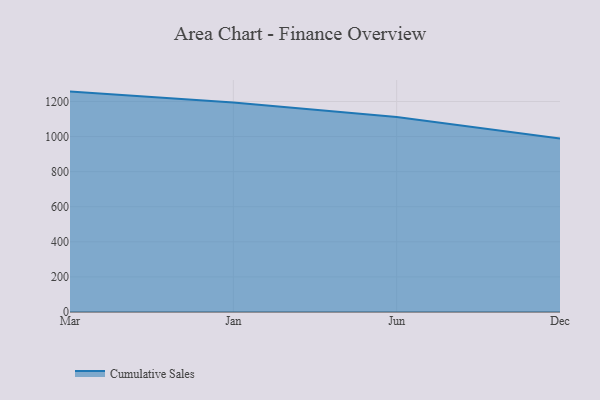
{"axis": {"x": "Month", "y": "Operating Costs (USD K)"}, "legend": ["Cumulative Sales"], "data": [{"x": "Mar", "y": 1256.4, "type": "Cumulative Sales"}, {"x": "Jan", "y": 1194.6, "type": "Cumulative Sales"}, {"x": "Jun", "y": 1111.6, "type": "Cumulative Sales"}, {"x": "Dec", "y": 989.7, "type": "Cumulative Sales"}]}